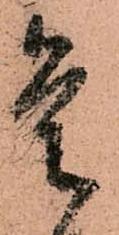
是